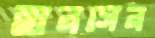
হানসেন